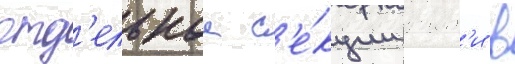
отд'ельнои с'е́кции воит'и в